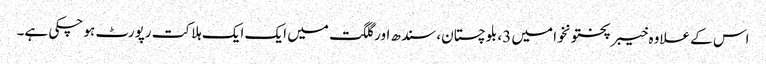
اس کے علاوہ خیبرپختونخوا میں 3، بلوچستان، سندھ اور گلگت میں ایک ایک ہلاکت رپورٹ ہو چکی ہے۔